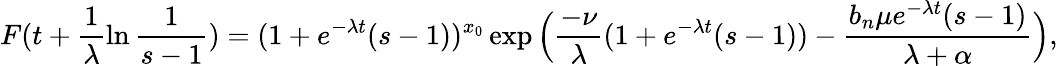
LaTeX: F(t+\frac{1}{\lambda}\ln{\frac{1}{s-1}})=(1+e^{-\lambda t}(s-1))^{x_{0}}\exp\Big(\frac{-\nu}{\lambda}(1+e^{-\lambda t}(s-1))-\frac{b_{n}\mu e^{-\lambda t}(s-1)}{\lambda+\alpha}\Big),